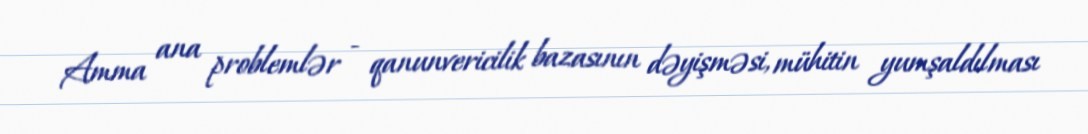
Amma ana problemlər - qanunvericilik bazasının dəyişməsi, mühitin yumşaldılması